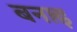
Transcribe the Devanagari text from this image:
बनार्इ